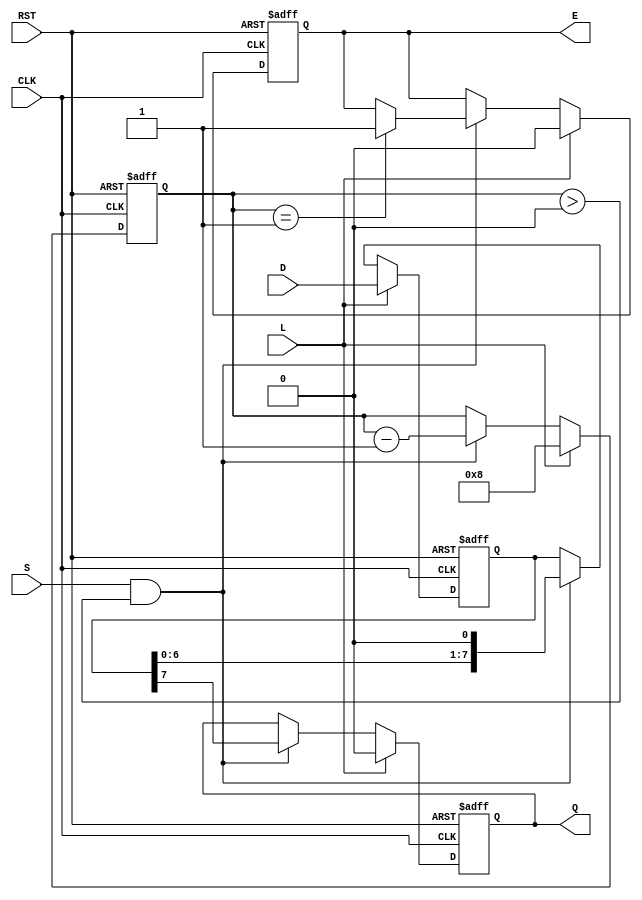
module PISO_Register #(
    parameter n = 8  // Width of the register
)(
    input wire [n-1:0] D,   // Parallel data input
    input wire L,           // Load control signal
    input wire CLK,         // Clock signal
    input wire S,           // Shift control signal
    input wire RST,         // Reset signal
    output reg Q,           // Serial output
    output reg E            // Empty signal
);

    reg [n-1:0] SR;         // Shift register
    reg [3:0] count;        // Counter for bits shifted out

    // Asynchronous reset
    always @(posedge CLK or posedge RST) begin
        if (RST) begin
            SR <= 0;        // Clear the shift register
            Q <= 0;         // Clear the serial output
            E <= 1;         // Register is empty
            count <= 0;     // Reset count
        end else begin
            if (L) begin
                SR <= D;    // Load data into shift register
                Q <= 0;     // Clear serial output
                E <= 0;     // Register is not empty
                count <= n; // Set count to the width of the register
            end else if (S && count > 0) begin
                Q <= SR[n-1]; // Output the MSB
                SR <= {SR[n-2:0], 1'b0}; // Shift right
                count <= count - 1; // Decrement count
                if (count == 1) begin
                    E <= 1; // Register is empty after last bit
                end
            end
        end
    end

endmodule